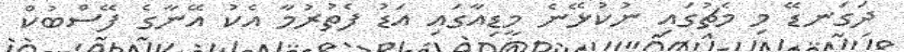
ދަގަނޑޭ މި މެޗުގައި ނުކުޅޭނެ މީޑިއާގައި އަޑު ފެތުރުމާ އެކު އޭނާގެ ފޭސްބުކް